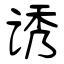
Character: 诱